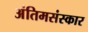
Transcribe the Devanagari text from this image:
अंतिमसंस्कार